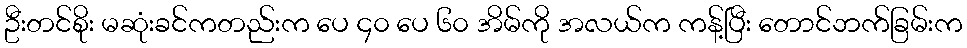
ဦးတင်စိုး မဆုံးခင်ကတည်းက ပေ ၄၀ ပေ ၆၀ အိမ်ကို အလယ်က ကန့်ပြီး တောင်ဘက်ခြမ်းက